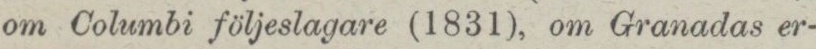
om Columbi följeslagare (1831), om Granadas er-